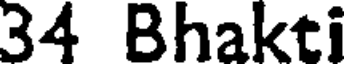
34 Bhakti